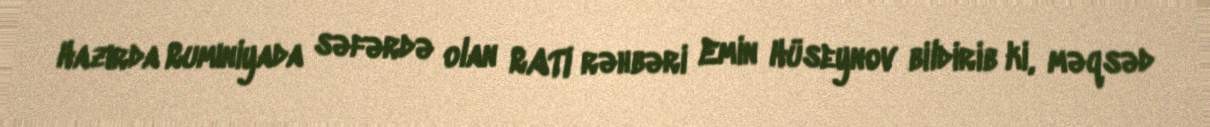
Hazırda Rumıniyada səfərdə olan RATI rəhbəri Emin Hüseynov bildirib ki, məqsəd